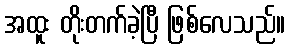
အထူး တိုးတက်ခဲ့ပြီ ဖြစ်လေသည်။